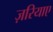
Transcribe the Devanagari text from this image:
ज़रियाए